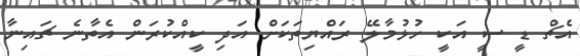
އެޗް ޑީ ސީ އަކީ ހުޅުމާލޭ ރައްޔިތަކަށް އަދި ކީއްކުރަން އެތާނެ ޗައިނާ